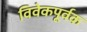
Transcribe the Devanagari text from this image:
विवेकपूर्वक